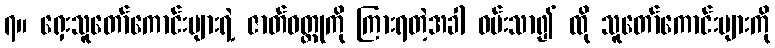
၇။ ရှေးသူတော်ကောင်းများရဲ့ ဇာတ်ဝတ္ထုကို ကြားရတဲ့အခါ ဝမ်းသာ၍ ထို သူတော်ကောင်းများကို